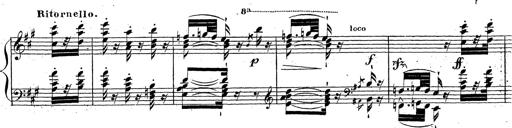
Title: Grande fantaisie sur la tyrolienne de l'opÃ©ra
Composer: Franz Liszt
Key: A major